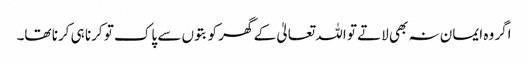
اگر وہ ایمان نہ بھی لاتے تو اللہ تعالیٰ کے گھر کو بتوں سے پاک تو کرنا ہی کرنا تھا۔